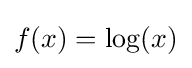
f(x)=\log(x)